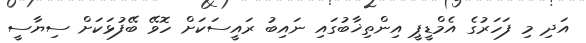
އަދި މި ފަހަރުގެ އެމްޑީޕީ އިންތިޚާބުގައި ނައިބު ރައީސަކަށް ހޮވޭ ބޭފުޅަކަށް ސިޔާސީ